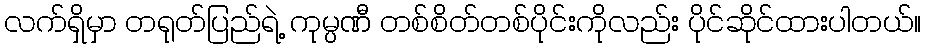
လက်ရှိမှာ တရုတ်ပြည်ရဲ့ ကုမ္ပဏီ တစ်စိတ်တစ်ပိုင်းကိုလည်း ပိုင်ဆိုင်ထားပါတယ်။